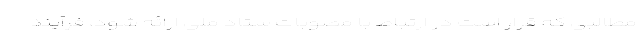
مطالبی که قرار است در ارتباط با مصوبات ستاد ملی ارائه شود، فرآیند